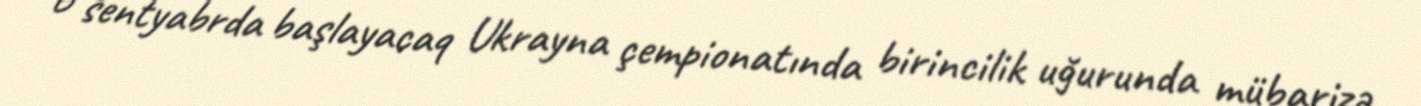
6 sentyabrda başlayacaq Ukrayna çempionatında birincilik uğurunda mübarizə